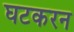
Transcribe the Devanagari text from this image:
घटकरन